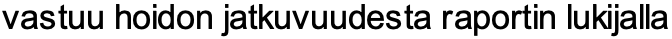
vastuu hoidon jatkuvuudesta raportin lukijalla